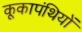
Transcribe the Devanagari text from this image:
कूकापंथियों